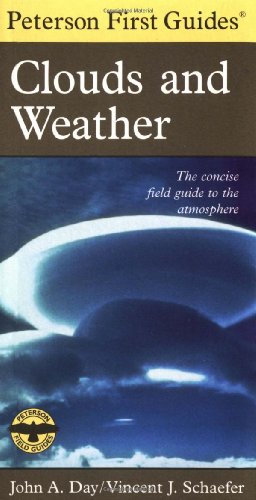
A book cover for Peterson First Guide to Clouds and Weather; Vincent J. Schaefer; Science & Math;